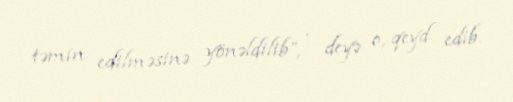
təmin edilməsinə yönəldilib”, - deyə o, qeyd edib.